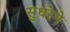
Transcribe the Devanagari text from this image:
सुधरेगे